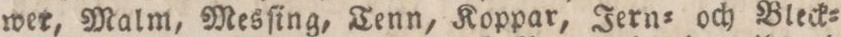
wer, Malm, Mesſing, Tenn, Koppar, Jern= och Bleck=